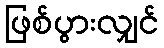
ဖြစ်ပွားလျှင်